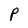
Character: P